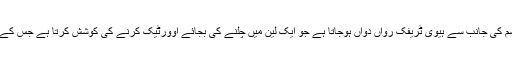
صورتحال یہ ہے کہ رات گیارہ بجے سے پہلے ہی شارع فیصل پر پورٹ قاسم کی جانب سے ہیوی ٹریفک رواں دواں ہوجاتا ہے جو ایک لین میں چلنے کی بجائے اوورٹیک کرنے کی کوشش کرتا ہے جس کے باعث کار اور موٹرسائیکل سواروں کو شدید دشواری کا سامنا کرنا پڑتا ہے ۔